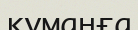
құманға